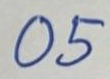
05